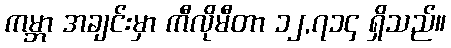
ကမ္ဘာ အချင်းမှာ ကီလိုမီတာ ၁၂,၇၁၄ ရှိသည်။